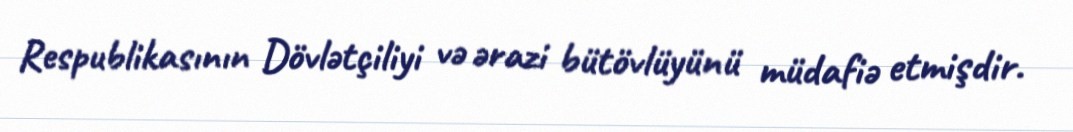
Respublikasının Dövlətçiliyi və ərazi bütövlüyünü müdafiə etmişdir.